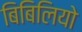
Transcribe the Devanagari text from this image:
बिबिलियो